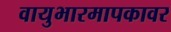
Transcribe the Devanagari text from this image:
वायुभारमापकावर